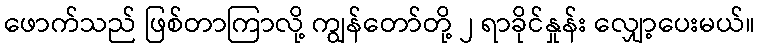
ဖောက်သည် ဖြစ်တာကြာလို့ ကျွန်တော်တို့ ၂ ရာခိုင်နှုန်း လျှော့ပေးမယ်။